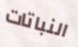
النباتات